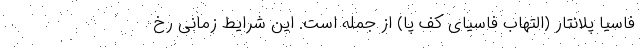
فاسیا پلانتار (التهاب فاسیای کف پا) از جمله است. این شرایط زمانی رخ